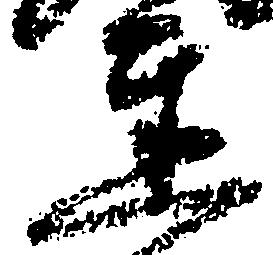
達